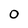
Character: 0